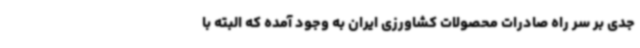
جدی بر سر راه صادرات محصولات کشاورزی ایران به وجود آمده که البته با